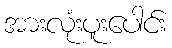
အားလုံးပူးပေါင်း